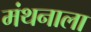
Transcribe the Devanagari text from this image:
मंथनाला